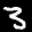
Label: 3